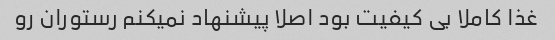
غذا کاملا بی کیفیت بود اصلا پیشنهاد نمیکنم رستوران رو